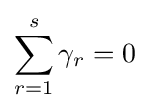
\sum _{r=1}^{s}\gamma _{r}=0